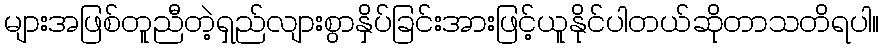
များအဖြစ်တူညီတဲ့ရှည်လျားစွာနှိပ်ခြင်းအားဖြင့်ယူနိုင်ပါတယ်ဆိုတာသတိရပါ။